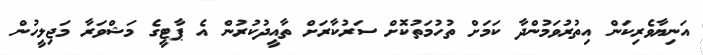
އަނިޔާވެރިކަން އިތުރުވަމުންދާ ކަމަށް ތުހުމަތުކޮށް ސަރުކާރަށް ތާއީދުކުރުން އެ ޕާޓީގެ މަޝްވަރާ މަޖިލީހުން